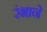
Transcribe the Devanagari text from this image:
रंभाने